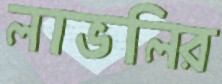
লাভলির